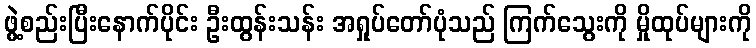
ဖွဲ့စည်းပြီးနောက်ပိုင်း ဦးထွန်းသန်း အရှုပ်တော်ပုံသည် ကြက်သွေးကို မှိုထုပ်များကို